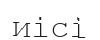
иісі